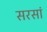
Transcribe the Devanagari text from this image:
सरसां